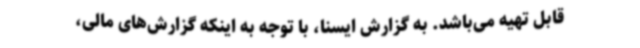
قابل تهیه می‌باشد. به گزارش ایسنا، با توجه به اینکه گزارش‌های مالی،